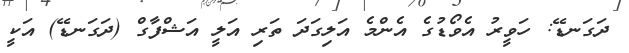
ދަގަނޑޭ: ހަވީރު އެވޯޑުގެ އެންމެ އަލިގަދަ ތަރި އަލީ އަޝްފާގް (ދަގަނޑޭ) އަކީ